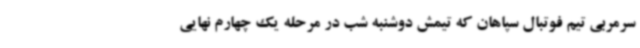
سرمربی تیم فوتبال سپاهان که تیمش دوشنبه شب در مرحله یک چهارم نهایی